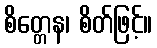
စိတ္တေန၊ စိတ်ဖြင့်။